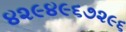
૪૨૯૪૯૬૭૨૯૬